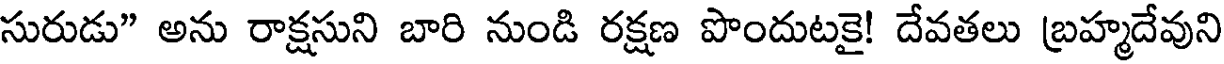
సురుడు" అను రాక్షసుని బారి నుండి రక్షణ పొందుటకై! దేవతలు బ్రహ్మదేవుని